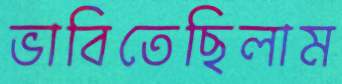
ভাবিতেছিলাম